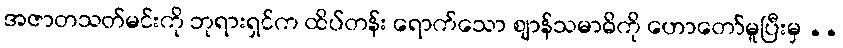
အဇာတသတ်မင်းကို ဘုရားရှင်က ထိပ်တန်း ရောက်သော ဈာန်သမာဓိကို ဟောတော်မူပြီးမှ ..